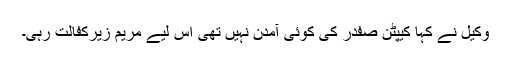
وکیل نے کہا کیپٹن صفدر کی کوئی آمدن نہیں تھی اس لیے مریم زیرکفالت رہی۔